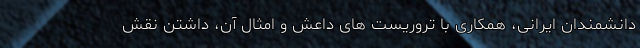
دانشمندان ایرانی، همکاری با تروریست های داعش و امثال آن، داشتن نقش